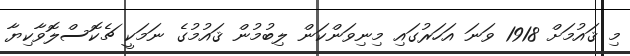
މި ޤައުމަށް 1918 ވަނަ އަހަރުގައި މިނިވަންކަން ލިބުމުން ޤައުމުގެ ނަމަކީ ޗެކޮސްލޮވާކިޔާ